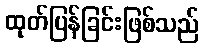
ထုတ်ပြန်ခြင်းဖြစ်သည်